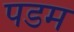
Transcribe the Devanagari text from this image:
पडम